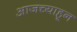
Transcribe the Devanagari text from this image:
आजच्याहून